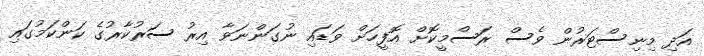
އަދި މިނިސްޓަރުން ވެސް ރަސްމީކޮށް އޮފީހަށް ވަޑައި ނުގަންނަވާ އިރު ސަރުކާރުގެ ކަންކަމުގައި